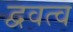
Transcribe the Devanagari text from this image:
द्ववत्व